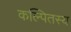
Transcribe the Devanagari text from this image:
कल्पितस्य